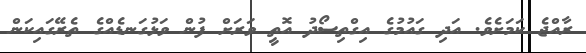
ރާއްޖެ ކަމަށެވެ. އަދި ގައުމުގެ އިގްތިސޯދު އޮތީ ވަރަށް ފުން ވަޅުގަނޑެއްގެ ތެރޭގައިކަން